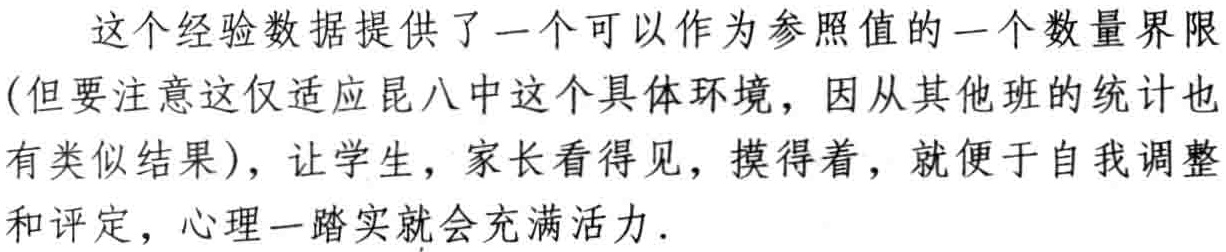
这个经验数据提供了一个可以作为参照值的一个数量界限(但要注意这仅适应昆八中这个具体环境，因从其他班的统计也有类似结果)，让学生，家长看得见，摸得着，就便于自我调整和评定，心理一踏实就会充满活力.